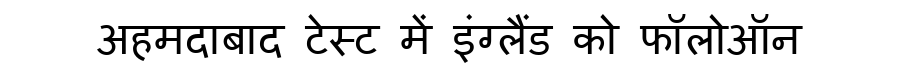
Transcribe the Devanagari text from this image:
अहमदाबाद टेस्ट में इंग्लैंड को फॉलोऑन